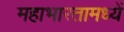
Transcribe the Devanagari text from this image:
महाभारतामध्यें